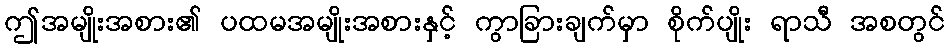
ဤအမျိုးအစား၏ ပထမအမျိုးအစားနှင့် ကွာခြားချက်မှာ စိုက်ပျိုး ရာသီ အစတွင်